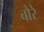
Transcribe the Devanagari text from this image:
बौरे